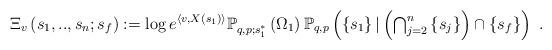
LaTeX: \begin{align*}\Xi_{v}\left( s_{1},..,s_{n};s_{f}\right) :=\log e^{\left\langle v,X\left(s_{1}\right) \right\rangle }\mathbb{P}_{q,p;s_{1}^{\ast}}^{}\left(\Omega_{1}\right) \mathbb{P}_{q,p}\left( \left\{ s_{1}\right\} |\left({\textstyle\bigcap_{j=2}^{n}}\left\{ s_{j}\right\} \right) \cap\left\{ s_{f}\right\} \right) \ .\end{align*}